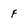
Character: F